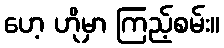
ဟေ့ ဟိုမှာ ကြည့်စမ်း။